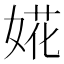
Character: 婲